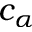
c _ { \alpha }